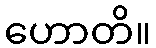
ဟောတိ။